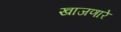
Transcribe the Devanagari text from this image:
खाजणारे